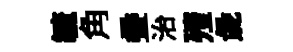
毓角叠治殪彘